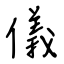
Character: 儀